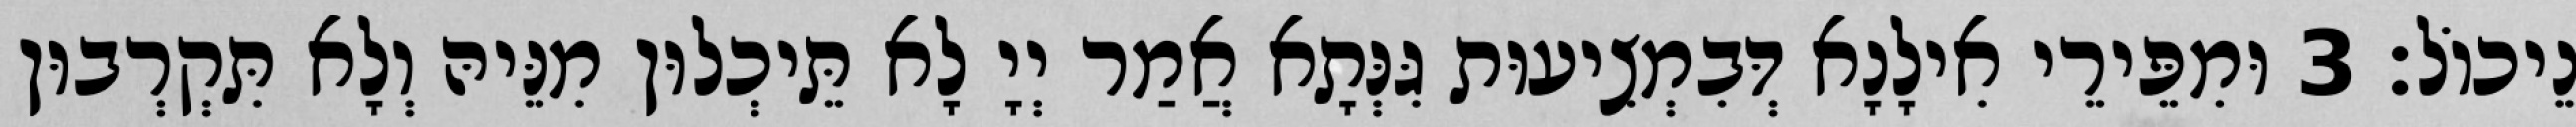
נֵיכוֹל׃ 3 וּמִפֵּירֵי אִילָנָא דְּבִמְצִיעוּת גִּנְּתָא אֲמַר יְיָ לָא תֵּיכְלוּן מִנֵּיהּ וְלָא תִּקְרְבוּן